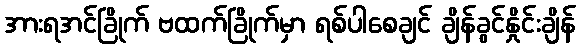
အားရအင်ခြိုက် ဗထက်ခြိုက်မှာ ရစ်ပါစေချင် ချိန်ခွင်နှိုင်းချိန်